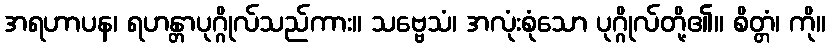
အရဟာပန၊ ရဟန္တာပုဂ္ဂိုလ်သည်ကား။ သဗ္ဗေသံ၊ အလုံးစုံသော ပုဂ္ဂိုလ်တို့၏။ စိတ္တံ၊ ကို။